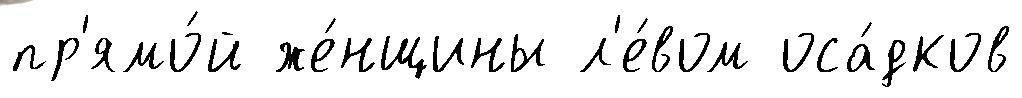
пр'ямо́й же́нщины л'е́вом оса́дков